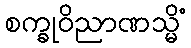
စက္ခုဝိညာဏသ္မိံ